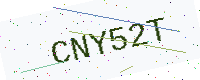
Text: CNY52T